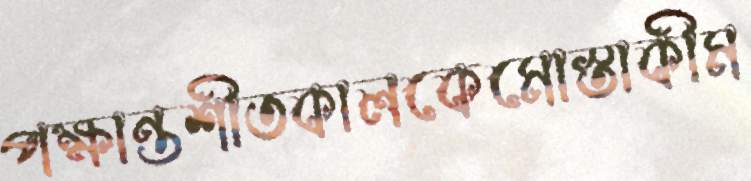
পক্ষান্তশীতকালকেমোস্তাকীম